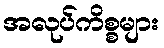
အလုပ်ကိစ္စများ